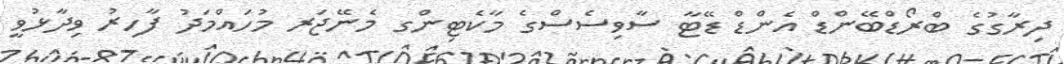
ދިރާގުގެ ބްރޯޑްބޭންޑް އެންޑް ޑޭޓާ ސާވިސެސްގެ މާކެޓިންގ މެނޭޖަރ މުހައްމަދު ފާހިރު ވިދާޅުވީ